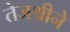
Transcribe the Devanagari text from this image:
तेजश्रीने